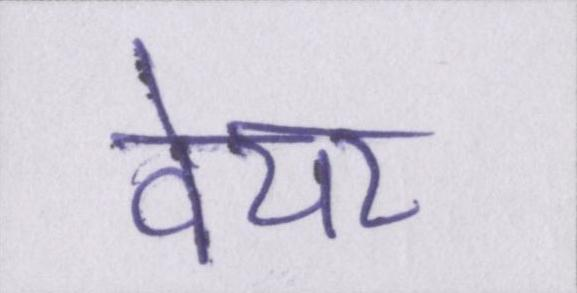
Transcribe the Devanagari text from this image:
वेयर